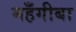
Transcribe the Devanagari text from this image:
महँगीबा